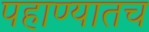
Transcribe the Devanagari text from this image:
पहाण्यातच